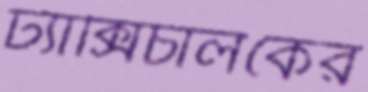
ট্যাক্সিচালকের